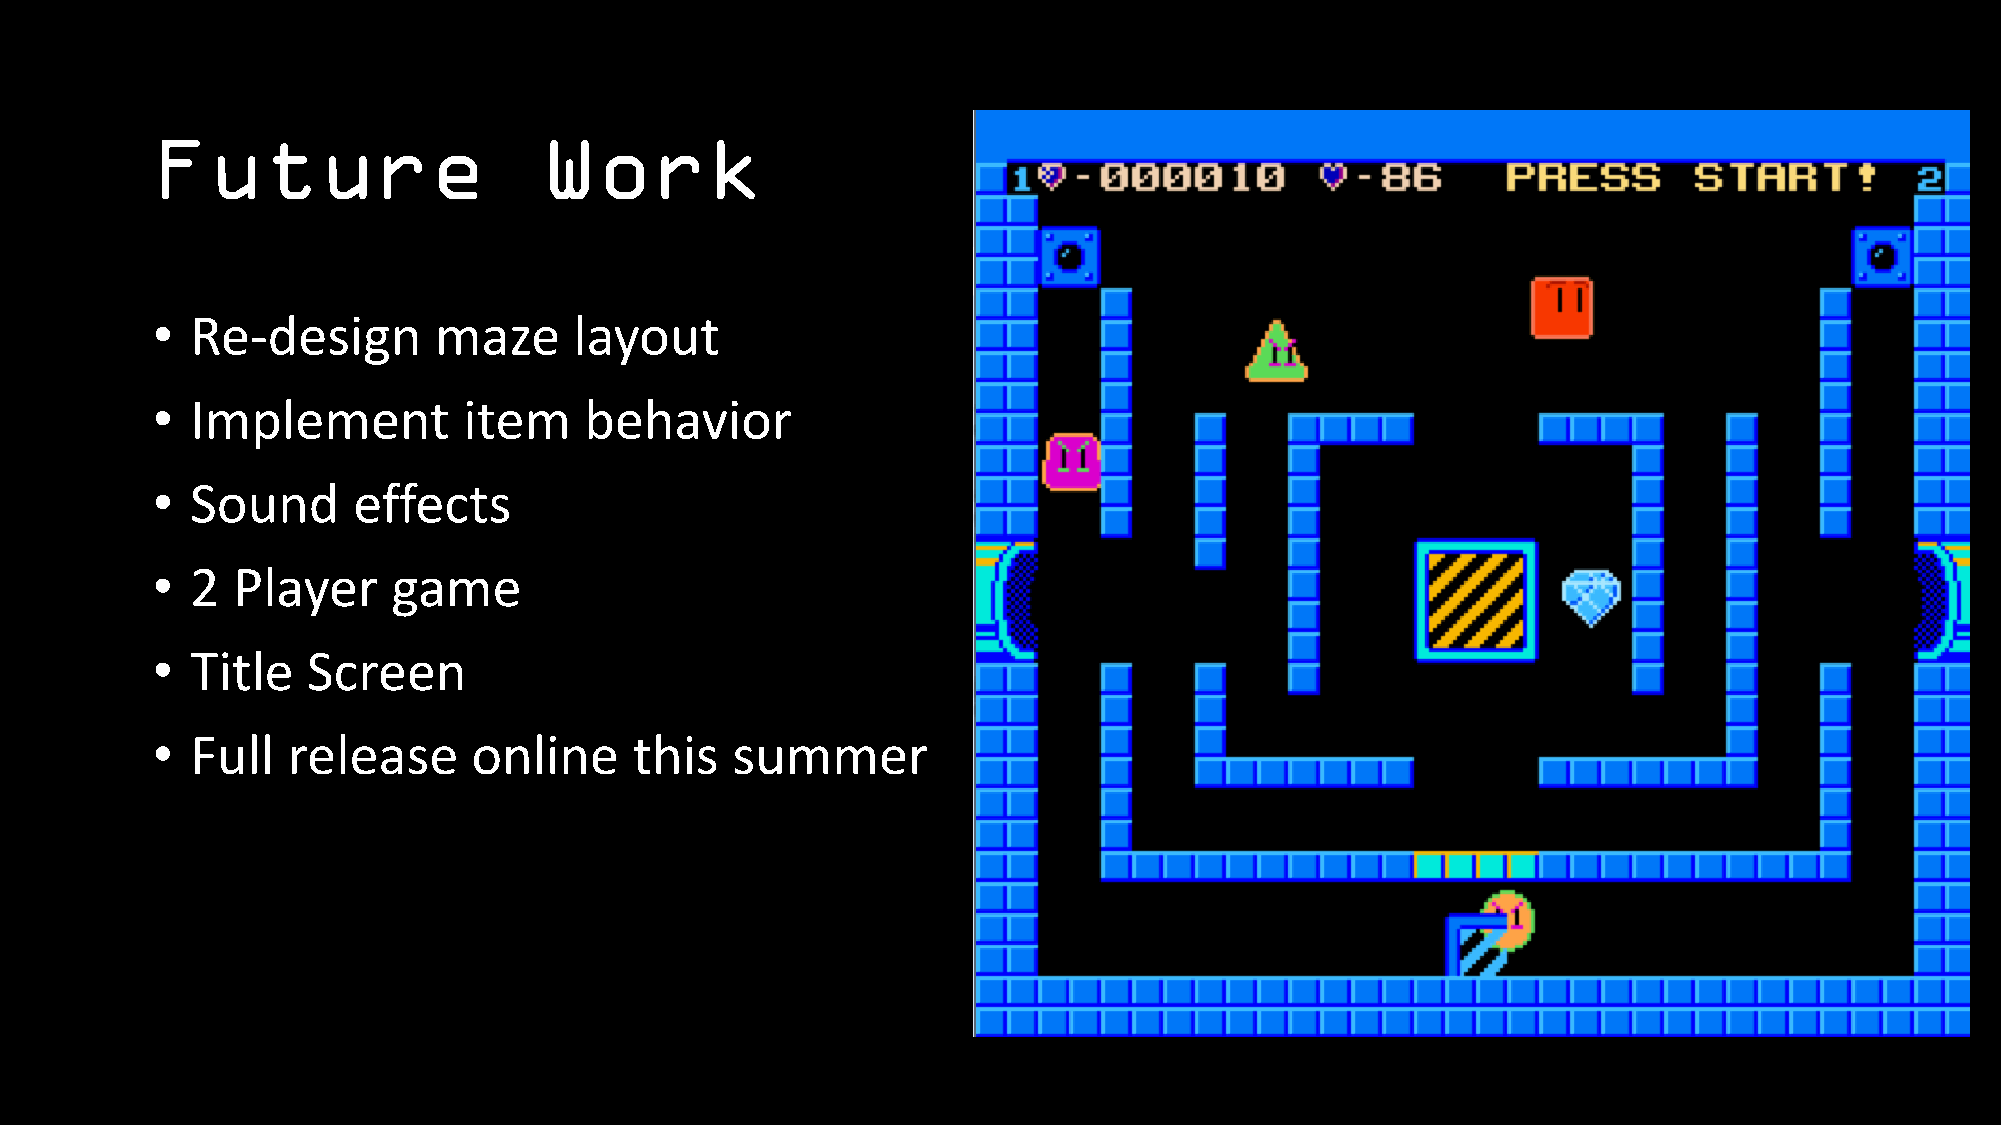
Future                    Work
 •  Re-design       maze     layout
 •  Implement         item    behavior
 •  Sound     effects
 •  2 Player     game
 •  Title  Screen
 •  Full  release     online     this  summer